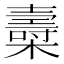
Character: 𣝷